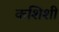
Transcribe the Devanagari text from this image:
कशिशी